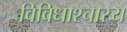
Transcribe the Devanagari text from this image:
विविधाश्चास्य